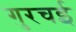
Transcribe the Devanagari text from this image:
गुरचई